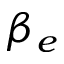
\beta _ { e }